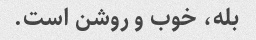
بله، خوب و روشن است.